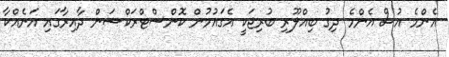
އެންމެ އުސް އެންމެ ދިގު ބިއްލޫރި ބުރިޖަކީ އެގައުމުން ކޮންސްޓްރަކްޝަން ދާއިރާގައި އަނެއްކާ